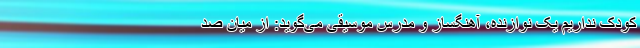
کودک نداریم یک نوازنده، آهنگساز و مدرس موسیقی می‌گوید: از میان صد